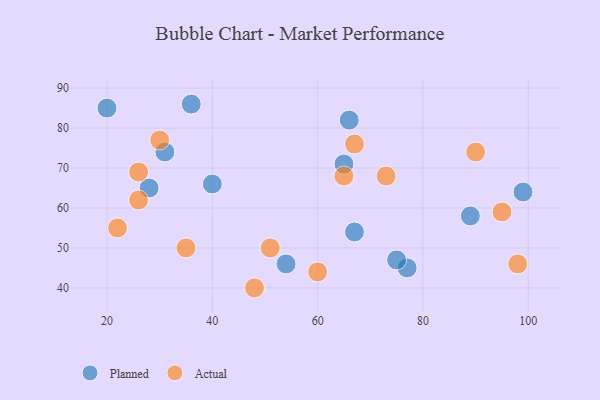
{"axis": {"x": "GDP", "y": "Life Expectancy"}, "legend": ["Actual", "Planned"], "data": [{"x": "99", "y": 64, "type": "Planned"}, {"x": "36", "y": 86, "type": "Planned"}, {"x": "89", "y": 58, "type": "Planned"}, {"x": "54", "y": 46, "type": "Planned"}, {"x": "65", "y": 71, "type": "Planned"}, {"x": "77", "y": 45, "type": "Planned"}, {"x": "67", "y": 54, "type": "Planned"}, {"x": "31", "y": 74, "type": "Planned"}, {"x": "66", "y": 82, "type": "Planned"}, {"x": "28", "y": 65, "type": "Planned"}, {"x": "20", "y": 85, "type": "Planned"}, {"x": "40", "y": 66, "type": "Planned"}, {"x": "75", "y": 47, "type": "Planned"}, {"x": "95", "y": 59, "type": "Actual"}, {"x": "26", "y": 62, "type": "Actual"}, {"x": "35", "y": 50, "type": "Actual"}, {"x": "65", "y": 68, "type": "Actual"}, {"x": "73", "y": 68, "type": "Actual"}, {"x": "60", "y": 44, "type": "Actual"}, {"x": "51", "y": 50, "type": "Actual"}, {"x": "90", "y": 74, "type": "Actual"}, {"x": "26", "y": 69, "type": "Actual"}, {"x": "22", "y": 55, "type": "Actual"}, {"x": "48", "y": 40, "type": "Actual"}, {"x": "30", "y": 77, "type": "Actual"}, {"x": "67", "y": 76, "type": "Actual"}, {"x": "98", "y": 46, "type": "Actual"}]}